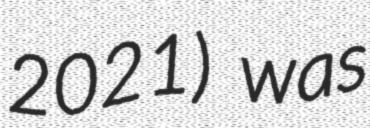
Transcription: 2021) was